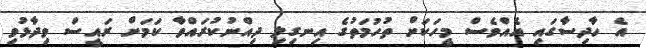
އެ ހާދިސާގައި އެއްވެސް މީހަކަށް ތުހުމަތުގެ އިނގިލި ދިއްނުކުރައްވާ ކަމަށް ރައީސް ވިދާޅުވި